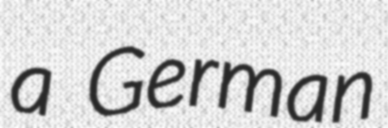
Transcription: a German